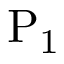
\mathrm { { P } _ { 1 } }